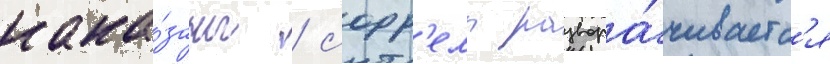
нака́заны / сорр'елл развора́чиваетс'я